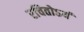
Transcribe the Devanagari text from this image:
रचितोऽयं